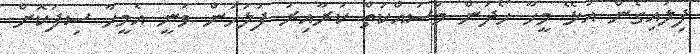
ފިލައިގެން އުޅޭ މީހާ ހޯދަން މަސައްކަތް ކުރާއިރު ފުލުހުން ވަނީ އެމީހާ ސިފަކޮށް